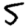
Digit: 5